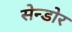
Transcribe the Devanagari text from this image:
सेन्डोर